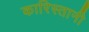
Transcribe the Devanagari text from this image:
कारिस्तानी